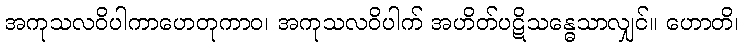
အကုသလဝိပါကာဟေတုကာဝ၊ အကုသလဝိပါက် အဟိတ်ပဋိသန္ဓေသာလျှင်။ ဟောတိ၊